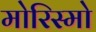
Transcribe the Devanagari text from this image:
मोरिस्मो